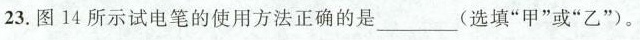
23.图14所示试电笔的使用方法正确的是___(选填”甲”或”乙”)。